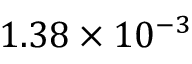
1 . 3 8 \times 1 0 ^ { - 3 }